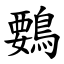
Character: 䳩